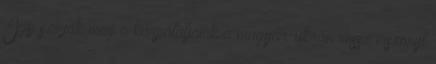
Így szívják meg a kárpátaljaiak a magyar-ukrán rossz viszonyt